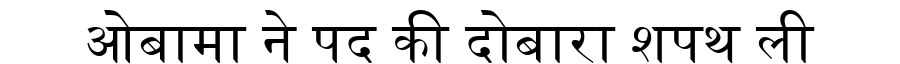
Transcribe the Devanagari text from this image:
ओबामा ने पद की दोबारा शपथ ली